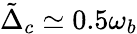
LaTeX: \tilde{\Delta}_{c}\simeq 0.5\omega_{b}